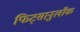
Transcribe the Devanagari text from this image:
फिट्सानुलॉक